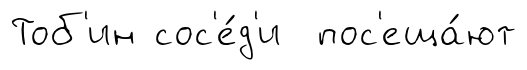
Тоб'ин сос'е́д'и пос'еща́ют